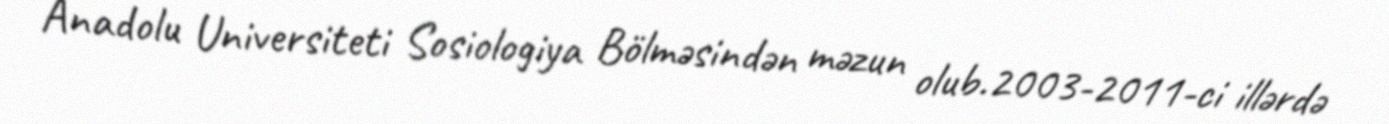
Anadolu Universiteti Sosiologiya Bölməsindən məzun olub.2003-2011-ci illərdə